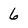
Character: 6